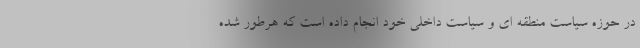
در حوزه سیاست منطقه ای و سیاست داخلی خود انجام داده است که هرطور شده